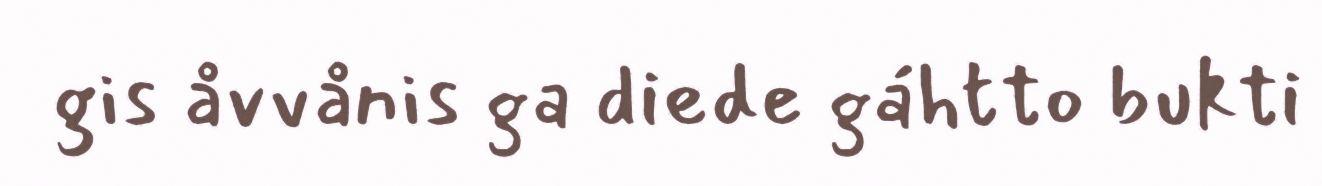
gis åvvånis ga diede gáhtto bukti